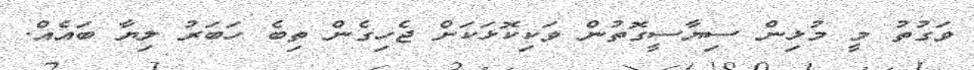
ވަގުތު މީ މުޅިން ސިޔާސީގޮތުން ވަކިކޮޅަކަށް ޖެހިގެން ތިބެ ހަބަރު ލިޔާ ބައެއް.